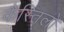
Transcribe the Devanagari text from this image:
कैस्तिलो